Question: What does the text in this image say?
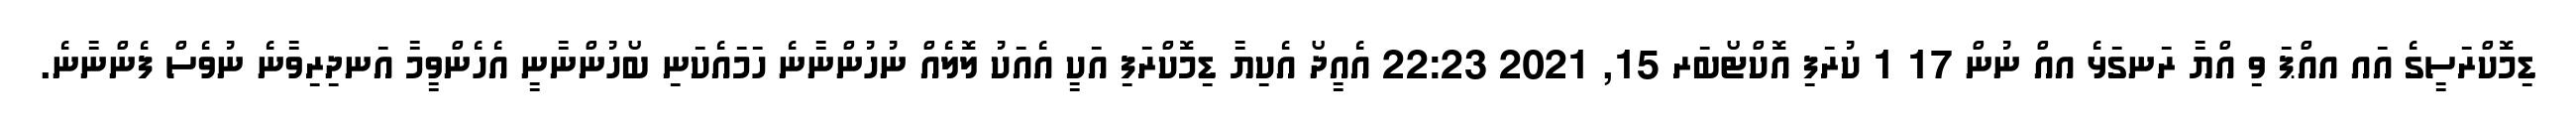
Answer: ޑިމޮކްރަސީގެ އައ އއްޕަ ވި އްޔާ ރަނގަޅެ އއް ނުން 17 1 ކުރަފި އޮކްޓޯބަރ 15, 2021 22:23 އެއީދޯ އެކިޔާ ޑިމޮކްރަފި އަކީ އެއަކު ލޮލެއް ނުހުންނާނެ ހަމައެކަނި ބޯހުންނާނީ އެހެންވީމާ އަނދިރިވާނެ ނުވެސް ފެންނާނެ.